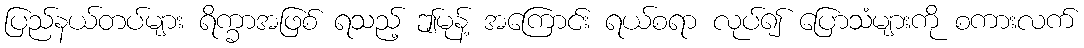
ပြည်နယ်တပ်များ ရိက္ခာအဖြစ် ရသည့် ဤမုန့် အကြောင်း ရယ်စရာ လုပ်၍ ပြောသံများကို စကားလက်